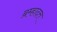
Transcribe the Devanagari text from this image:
ब्रम्हादत्त